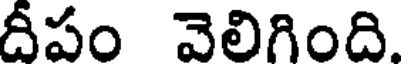
దీపం వెలిగింది.